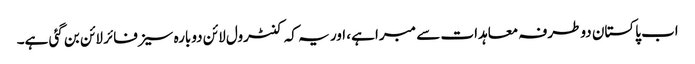
اب پاکستان دوطرفہ معاہدات سے مبرا ہے، اور یہ کہ کنٹرول لائن دوبارہ سیزفائر لائن بن گئی ہے۔